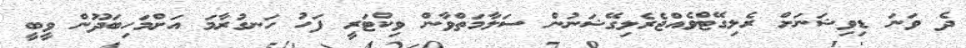
ދެ ވަނަ ޑިވިޝަނަށް ރެލިގޭޓްވެއްޖެރެލިގޭޝަނުން ސަލާމަތްވާން ވިކްޓަރީ ފަހު ހަނގުރާމަ އަށްމަހިބަދޫން ވީބީ